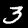
Label: 3